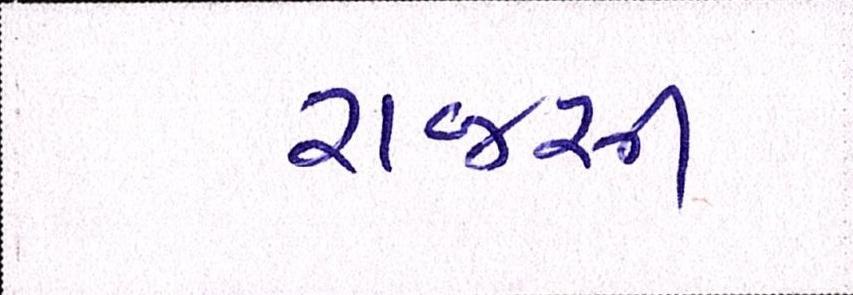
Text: રાજસી